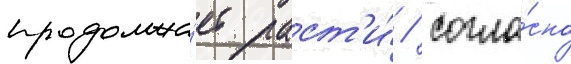
продолжа́ет раст'и́ / согла́сно